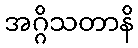
အဂ္ဂိသတာနိ